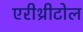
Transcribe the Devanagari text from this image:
एरीथ्रीटोल